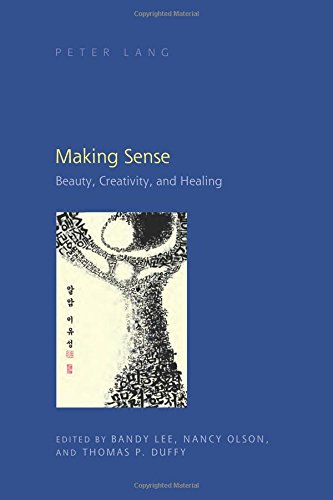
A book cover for Making Sense: Beauty, Creativity, and Healing; Medical Books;